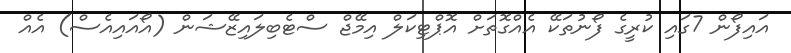
އައިފޯން 7ގައި ކުރީގެ ފޯނުތަކޭ އެއްގޮތަށް އޮޕްޓިކަލް އިމޭޖް ސްޓެބިލައިޒޭޝަން (އޯއައިއެސް) އެއް